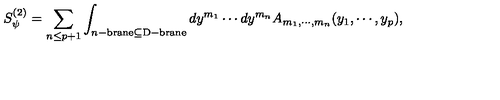
S _ { \psi } ^ { ( 2 ) } = \sum _ { n \leq p + 1 } \int _ { n \mathrm { \tiny - b r a n e } \subseteq \mathrm { \tiny D - b r a n e } } d y ^ { m _ { 1 } } \cdots d y ^ { m _ { n } } A _ { m _ { 1 } , \cdots , m _ { n } } ( y _ { 1 } , \cdots , y _ { p } ) ,